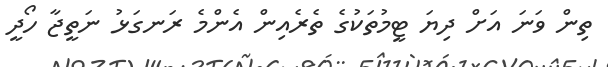
ތިން ވަނަ އަށް ދިޔަ ޓީމުތަކުގެ ތެރެއިން އެންމެ ރަނގަޅު ނަތީޖާ ހޯދީ